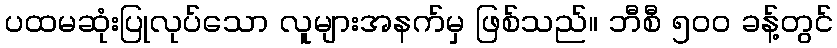
ပထမဆုံးပြုလုပ်သော လူများအနက်မှ ဖြစ်သည်။ ဘီစီ ၅၀၀ ခန့်တွင်